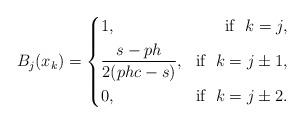
LaTeX: \begin{align*}B_j(x_k)=\left\{\begin{aligned}&1, &\textrm{if}\ \ k=j, \\&\frac{s-ph}{2(phc-s)}, &\textrm{if} \ \ k=j\pm1,\\&0, &\textrm{if} \ \ k=j\pm2.\end{aligned}\right.\end{align*}